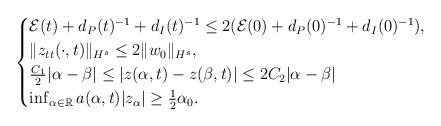
LaTeX: \begin{align*}\begin{cases}\mathcal{E}(t)+d_P(t)^{-1}+d_I(t)^{-1}\leq 2(\mathcal{E}(0)+d_P(0)^{-1}+d_I(0)^{-1}),\\\|z_{tt}(\cdot,t)\|_{H^s}\leq 2\|w_0\|_{H^s},\\\frac{C_1}{2}|\alpha-\beta|\leq |z(\alpha,t)-z(\beta,t)|\leq 2C_2|\alpha-\beta|\\\inf_{\alpha\in \mathbb{R}}a(\alpha,t)|z_{\alpha}|\geq \frac{1}{2}\alpha_0.\end{cases}\end{align*}